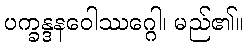
ပက္ခန္ဒနဝေါဿဂ္ဂေါ၊ မည်၏။